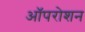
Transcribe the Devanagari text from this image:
ऑपरोशन